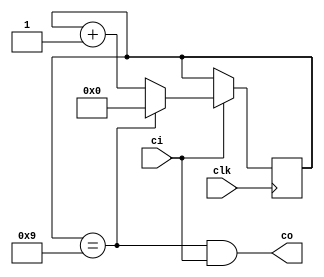
module beat_generator(clk,ci,co);
  parameter N=10;
  parameter CounterBits=4;
  input ci,clk;
  output co;
  reg [CounterBits:1] qout=0;
  assign co=(qout==(N-1))&ci;
  always @(posedge clk)
    begin if (ci) 
       begin if (qout==(N-1)) qout=0;
             else qout=qout+1;
       end
    end
endmodule